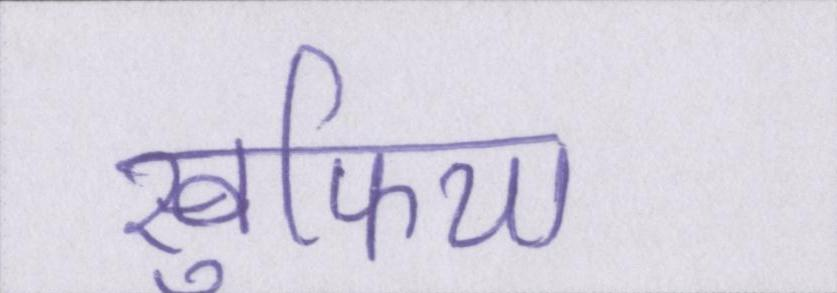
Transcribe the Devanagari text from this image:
खुफिया